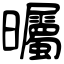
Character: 曯